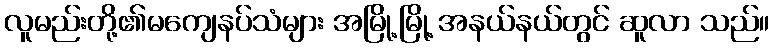
လူမည်းတို့၏မကျေနပ်သံများ အမြို့မြို့ အနယ်နယ်တွင် ဆူလာ သည်။